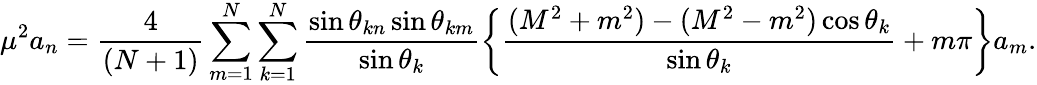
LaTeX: \mu^{2}a_{n}=\frac{4}{(N+1)}\sum_{m=1}^{N}\sum_{k=1}^{N}\frac{\sin\theta_{kn}\sin\theta_{km}}{\sin\theta_{k}}\left\{ \frac{(M^{2}+m^{2})-(M^{2}-m^{2})\cos\theta_{k}}{\sin\theta_{k}}+m\pi\right\} a_{m}.